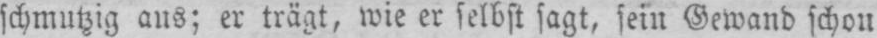
schmutzig aus; er trägt, wie er selbst sagt, sein Gewand schon